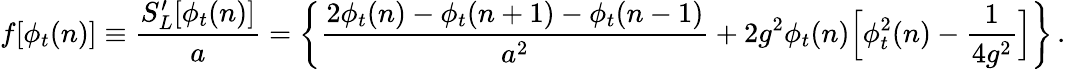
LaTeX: f[\phi_{t}(n)]\equiv{\frac{S_{L}^{\prime}[\phi_{t}(n)]}{a}}=\biggl\{ {\frac{2\phi_{t}(n)-\phi_{t}(n+1)-\phi_{t}(n-1)}{a^{2}}}+2g^{2}\phi_{t}(n)\Bigl[\phi_{t}^{2}(n)-{\frac{1}{4g^{2}}}\Bigr]\biggr\} \, .